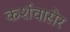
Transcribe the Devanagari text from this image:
कर्शवासेर